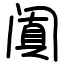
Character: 阗